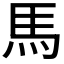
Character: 馬